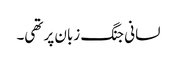
لسانی جنگ زبان پر تھی۔